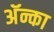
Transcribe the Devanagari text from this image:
अॅन्का